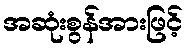
အဆုံးစွန်အားဖြင့်